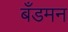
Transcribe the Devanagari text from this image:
बँडमन